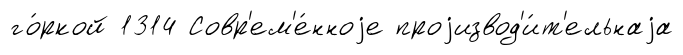
го́ркой 1314 Совр'ем'е́нноjе проjизвод'и́т'ельнаjа